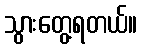
သွားတွေ့ရတယ်။